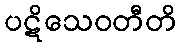
ပဋိသေဝတီတိ